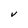
Character: V